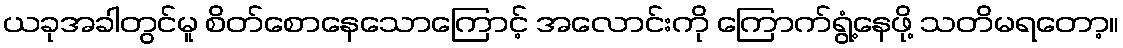
ယခုအခါတွင်မူ စိတ်စောနေသောကြောင့် အလောင်းကို ကြောက်ရွံ့နေဖို့ သတိမရတော့။